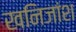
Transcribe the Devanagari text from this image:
खनिजांश